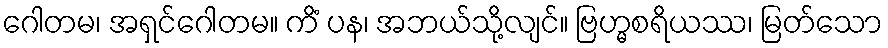
ဂေါတမ၊ အရှင်ဂေါတမ။ ကိံ ပန၊ အဘယ်သို့လျင်။ ဗြဟ္မစရိယဿ၊ မြတ်သော